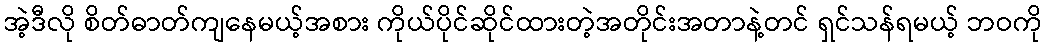
အဲ့ဒီလို စိတ်ဓာတ်ကျနေမယ့်အစား ကိုယ်ပိုင်ဆိုင်ထားတဲ့အတိုင်းအတာနဲ့တင် ရှင်သန်ရမယ့် ဘဝကို